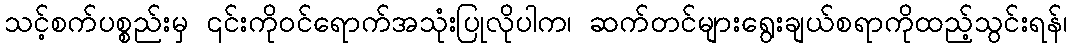
သင့်စက်ပစ္စည်းမှ ၎င်းကိုဝင်ရောက်အသုံးပြုလိုပါက၊ ဆက်တင်များရွေးချယ်စရာကိုထည့်သွင်းရန်၊